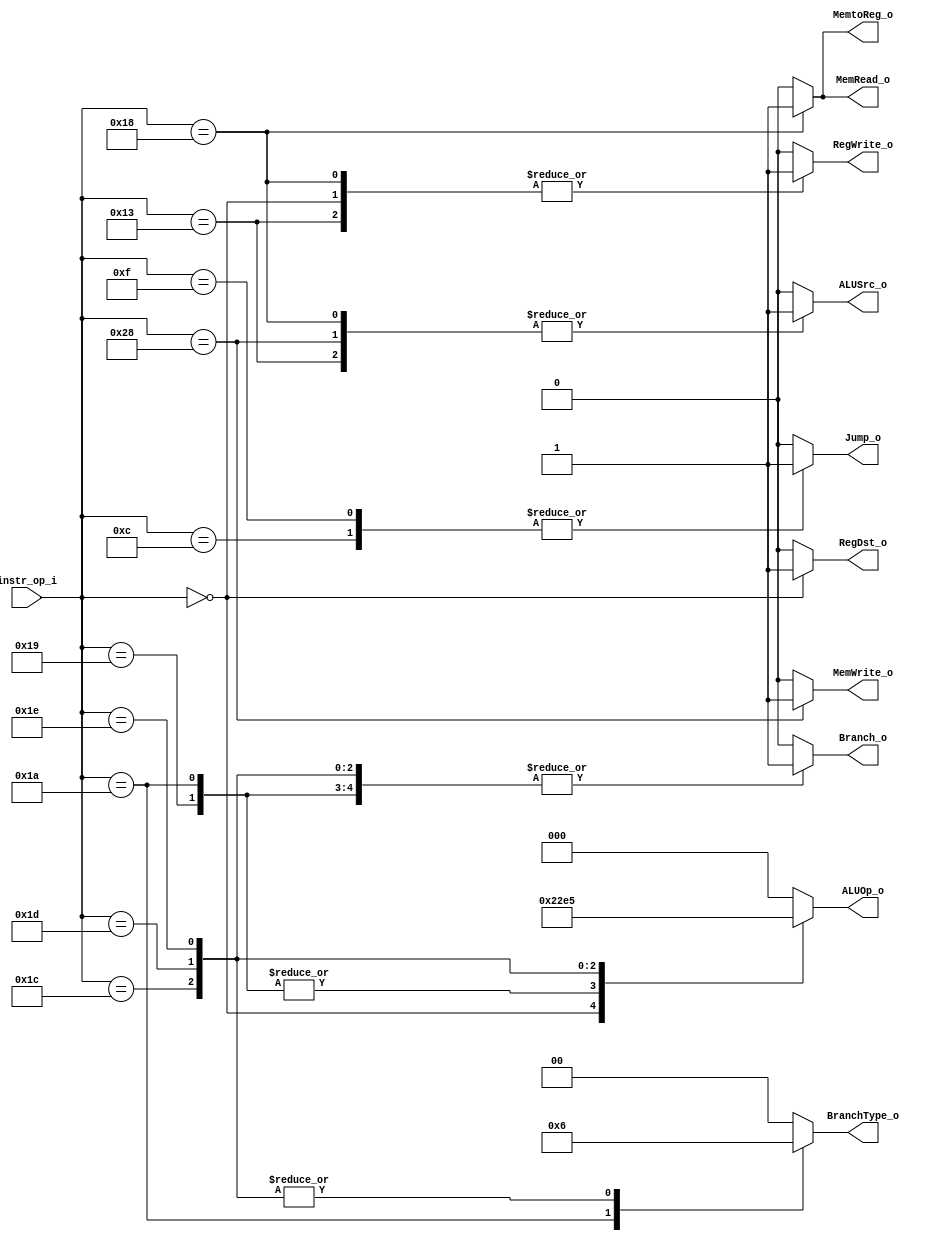
module Decoder (
    instr_op_i,
    RegWrite_o,
    ALUOp_o,
    ALUSrc_o,
    RegDst_o,
    Jump_o,
    Branch_o,
    BranchType_o,
    MemRead_o,
    MemWrite_o,
    MemtoReg_o
);

  //I/O ports
  input [6-1:0] instr_op_i;

  output RegWrite_o;
  output [3-1:0] ALUOp_o;
  output ALUSrc_o;
  output RegDst_o;
  output Jump_o;
  output Branch_o;
  output [2-1:0]BranchType_o;
  output MemRead_o;
  output MemWrite_o;
  output MemtoReg_o;

  //Internal Signals
  reg RegWrite_o;
  reg [3-1:0] ALUOp_o;
  reg ALUSrc_o;
  reg RegDst_o;
  reg Jump_o;
  reg Branch_o;
  reg [2-1:0]BranchType_o;
  reg MemRead_o;
  reg MemWrite_o;
  reg MemtoReg_o;
  
  reg [32-1:0] pc_out_o;
  
  //Main function
  /*your code here*/

	always @(*) begin
		case (instr_op_i)
			//OP_R_TYPE
			6'b000000:
			begin
				RegWrite_o <= 1'b1;
				ALUOp_o <= 3'b010;
				ALUSrc_o <= 1'b0;
				RegDst_o <= 1'b1;
				Jump_o <= 1'b0;
				Branch_o <= 1'b0;
				BranchType_o <= 2'b00;
				MemRead_o <= 1'b0;
				MemWrite_o <= 1'b0;
				MemtoReg_o <= 1'b0;
			end
			
			//OP_ADDI
			6'b010011:
			begin
				RegWrite_o <= 1'b1;
				ALUOp_o <= 3'b000;
				ALUSrc_o <= 1'b1;
				RegDst_o <= 1'b0;
				Jump_o <= 1'b0;
				Branch_o <= 1'b0;
				BranchType_o <= 2'b00;
				MemRead_o <= 1'b0;
				MemWrite_o <= 1'b0;
				MemtoReg_o <= 1'b0;
			end
			
			//OP_LW
			6'b011000:
			begin
				RegWrite_o <= 1'b1;
				ALUOp_o <= 3'b000;
				ALUSrc_o <= 1'b1;
				RegDst_o <= 1'b0;
				Jump_o <= 1'b0;
				Branch_o <= 1'b0;
				BranchType_o <= 2'b00;
				MemRead_o <= 1'b1;
				MemWrite_o <= 1'b0;
				MemtoReg_o <= 1'b1;
			end
			
			//OP_SW
			6'b101000:
			begin
				RegWrite_o <= 1'b0;
				ALUOp_o <= 3'b000;
				ALUSrc_o <= 1'b1;
				RegDst_o <= 1'b0;
				Jump_o <= 1'b0;
				Branch_o <= 1'b0;
				BranchType_o <= 2'b00;
				MemRead_o <= 1'b0;
				MemWrite_o <= 1'b1;
				MemtoReg_o <= 1'b0;
			end
			
			//OP_BEQ
			6'b011001:
			begin
				RegWrite_o <= 1'b0;
				ALUOp_o <= 3'b001;
				ALUSrc_o <= 1'b0;
				RegDst_o <= 1'b0;
				Jump_o <= 1'b0;
				Branch_o <= 1'b1;
				BranchType_o <= 2'b00;
				MemRead_o <= 1'b0;
				MemWrite_o <= 1'b0;
				MemtoReg_o <= 1'b0;
			end
			
			//OP_BNE
			6'b011010:
			begin
				RegWrite_o <= 1'b0;
				ALUOp_o <= 3'b001;
				ALUSrc_o <= 1'b0;
				RegDst_o <= 1'b0;
				Jump_o <= 1'b0;
				Branch_o <= 1'b1;
				BranchType_o <= 2'b01;
				MemRead_o <= 1'b0;
				MemWrite_o <= 1'b0;
				MemtoReg_o <= 1'b0;
			end
			
			//OP_JUMP
			6'b001100:
			begin
				RegWrite_o <= 1'b0;
				ALUOp_o <= 3'b000;
				ALUSrc_o <= 1'b0;
				RegDst_o <= 1'b0;
				Jump_o <= 1'b1;
				Branch_o <= 1'b0;
				BranchType_o <= 2'b00;
				MemRead_o <= 1'b0;
				MemWrite_o <= 1'b0;
				MemtoReg_o <= 1'b0;
			end
			
			//OP_JAL
			6'b001111:
			begin
				RegWrite_o <= 1'b0;
				ALUOp_o <= 3'b000;
				ALUSrc_o <= 1'b0;
				RegDst_o <= 1'b0;
				Jump_o <= 1'b1;
				Branch_o <= 1'b0;
				BranchType_o <= 2'b00;
				MemRead_o <= 1'b0;
				MemWrite_o <= 1'b0;
				MemtoReg_o <= 1'b0;
				//Reg_File[31] <= pc_out_o + 32'd4;
			end
			
			//OP_BLT
			6'b011100:
			begin
				RegWrite_o <= 1'b0;
				ALUOp_o <= 3'b011;
				ALUSrc_o <= 1'b0;
				RegDst_o <= 1'b0;
				Jump_o <= 1'b0;
				Branch_o <= 1'b1;
				BranchType_o <= 2'b10;
				MemRead_o <= 1'b0;
				MemWrite_o <= 1'b0;
				MemtoReg_o <= 1'b0;
			end
			
			//OP_BNEZ
			6'b011101:
			begin
				RegWrite_o <= 1'b0;
				ALUOp_o <= 3'b100;
				ALUSrc_o <= 1'b0;
				RegDst_o <= 1'b0;
				Jump_o <= 1'b0;
				Branch_o <= 1'b1;
				BranchType_o <= 2'b10;
				MemRead_o <= 1'b0;
				MemWrite_o <= 1'b0;
				MemtoReg_o <= 1'b0;
			end
			
			//OP_BGEZ
			6'b011110:
			begin
				RegWrite_o <= 1'b0;
				ALUOp_o <= 3'b101;
				ALUSrc_o <= 1'b0;
				RegDst_o <= 1'b0;
				Jump_o <= 1'b0;
				Branch_o <= 1'b1;
				BranchType_o <= 2'b10;
				MemRead_o <= 1'b0;
				MemWrite_o <= 1'b0;
				MemtoReg_o <= 1'b0;
			end
			
			default: 
			begin
				RegWrite_o <= 1'b0;
				ALUOp_o <= 3'b000;
				ALUSrc_o <= 1'b0;
				RegDst_o <= 1'b0;
				Jump_o <= 1'b0;
				Branch_o <= 1'b0;
				BranchType_o <= 2'b00;
				MemRead_o <= 1'b0;
				MemWrite_o <= 1'b0;
				MemtoReg_o <= 1'b0;
			end
		endcase
	end
	
	
	
endmodule